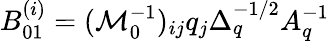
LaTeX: B_{01}^{(i)}=(\mathcal{M}_{0}^{-1})_{ij}q_{j}\Delta_{q}^{-1/2}A_{q}^{-1}